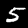
Digit: 5